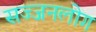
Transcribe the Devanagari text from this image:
सज्जनलोग